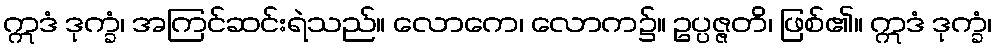
ဣဒံ ဒုက္ခံ၊ အကြင်ဆင်းရဲသည်။ လောကေ၊ လောက၌။ ဥပ္ပဇ္ဇတိ၊ ဖြစ်၏။ ဣဒံ ဒုက္ခံ၊